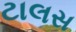
ટાલસ